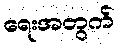
ရေးအတွက်